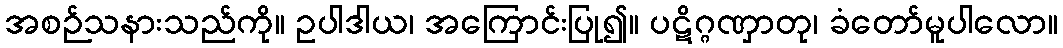
အစဉ်သနားသည်ကို။ ဥပါဒါယ၊ အကြောင်းပြု၍။ ပဋိဂ္ဂဏှာတု၊ ခံတော်မူပါလော။